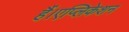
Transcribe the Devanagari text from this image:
हैं।एप्लिकेशन